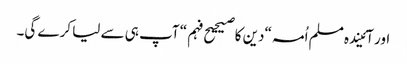
اور آئیندہ مسلم اُمہ “دین کا صیحیح فہم“ آپ ہی سے لیا کرے گی۔